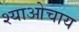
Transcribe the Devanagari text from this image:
श्याओचाय